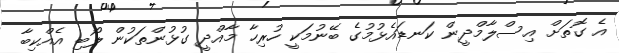
އެ ގޮތަށް އިސްލާމްދީން ކަނޑައެޅުމުގެ ބޭނުމަކީ ހުރިހާ މާއްދީ ގުޅުންތަކުން ލޯބި އެއްކިބާ